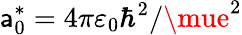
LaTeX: \mathsf{a}_{0}^{*}=4\pi\varepsilon_{0}\hbar^{2}/\mue^{2}